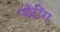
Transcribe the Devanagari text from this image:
पाँटींग